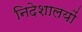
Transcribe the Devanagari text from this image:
निदेशालयों